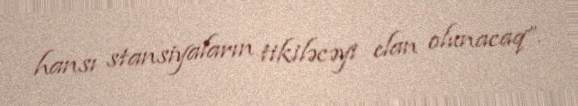
hansı stansiyaların tikiləcəyi elan olunacaq”.